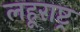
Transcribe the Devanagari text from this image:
लहूराष्ट्र